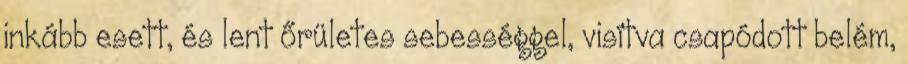
inkább esett, és lent őrületes sebességgel, visítva csapódott belém,